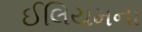
ઈલિયમના